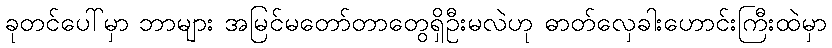
ခုတင်ပေါ်မှာ ဘာများ အမြင်မတော်တာတွေရှိဦးမလဲဟု ဓာတ်လှေခါးဟောင်းကြီးထဲမှာ